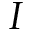
I